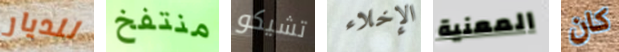
للديار منتفخ تشيكو الإخلاء المعنية كان